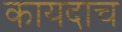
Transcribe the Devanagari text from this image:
कायदाच